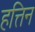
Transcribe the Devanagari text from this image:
हत्तिन